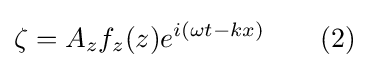
\zeta =A_{z}f_{z}(z)e^{i(\omega t-kx)}\quad \quad (2)